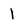
Character: 1